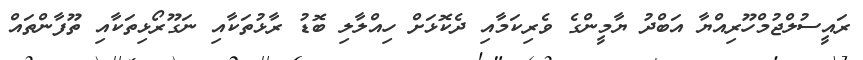
ރައީސުލްޖުމްހޫރިއްޔާ އަބްދު ޔާމީންގެ ވެރިކަމާއި ދެކޮޅަށް ހިއްލާލި ބޮޑު ރާޅުތަކާއި ނަގޫރޯޅިތަކާއި ތޫފާންތައް